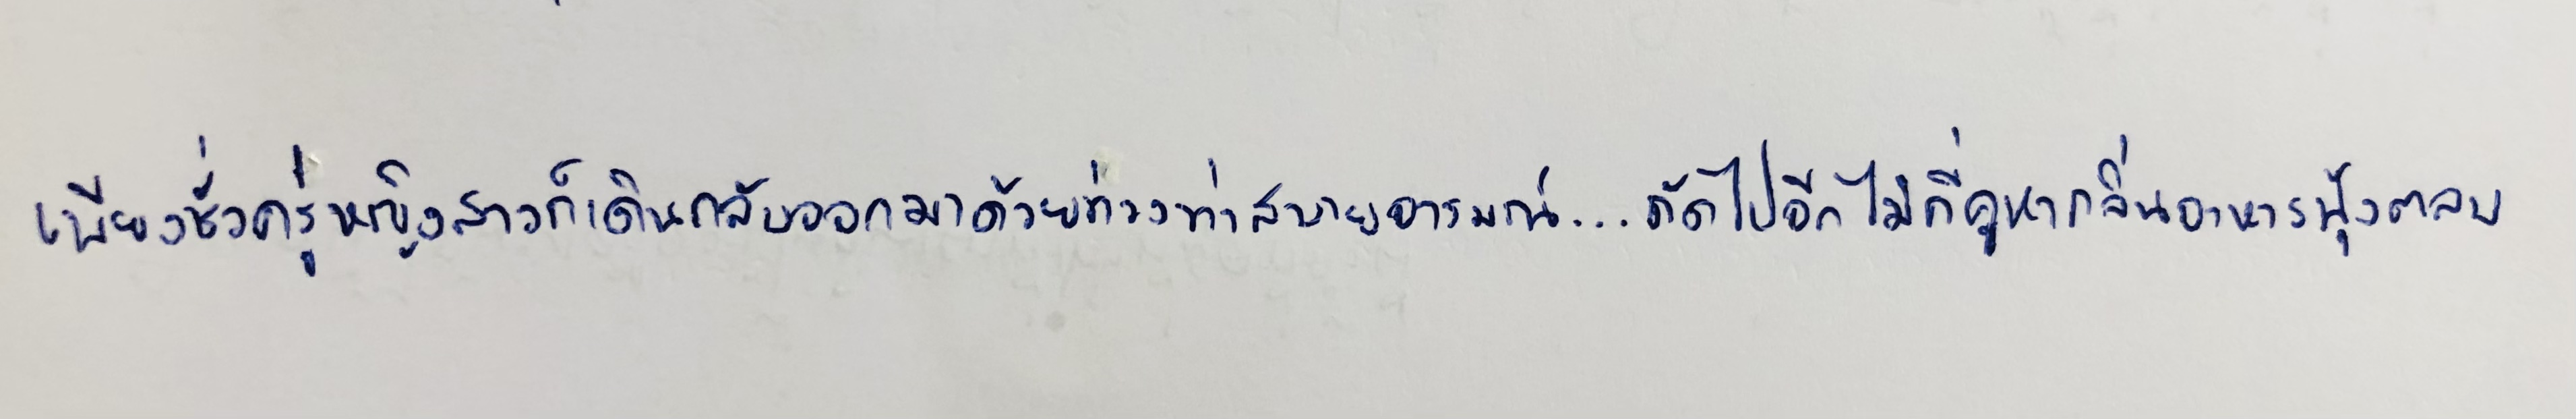
เพียงชั่วครู่หญิงสาวก็เดินกลับออกมาด้วยท่วงท่าสบายอารมณ์...ถัดไปอีกไม่กี่คูหากลิ่นอาหารฟุ้งตลบ